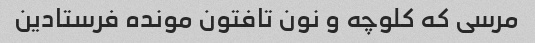
مرسی که کلوچه و نون تافتون مونده فرستادین